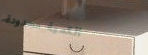
الكمية محدودة